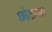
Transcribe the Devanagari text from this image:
छोटाशा